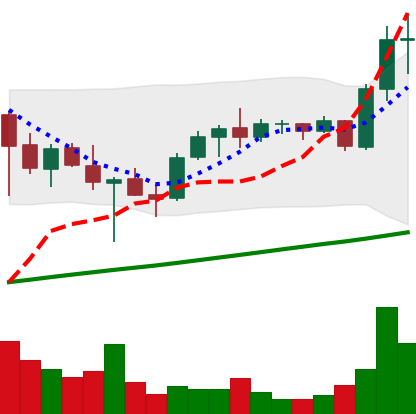
Ticker: ADA-USD
Chart end date: 2021-05-07
Forward return: -6.089%
Label: down_5_7